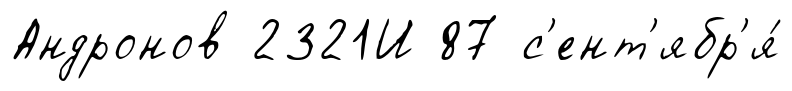
Андронов 2321И 87 с'ент'ябр'я́